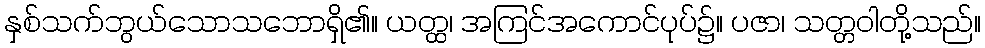
နှစ်သက်ဘွယ်သောသဘောရှိ၏။ ယတ္ထ၊ အကြင်အကောင်ပုပ်၌။ ပဇာ၊ သတ္တဝါတို့သည်။